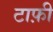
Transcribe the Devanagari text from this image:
टाफ़ी